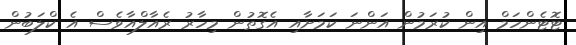
ޓޮޓެންހަމް އިން ކުރަމުން އަންނަ ކަމަށާއި އެގޮތުން މިހާރު ރެއާލްއާވެސް އެ ކްލަބުން